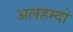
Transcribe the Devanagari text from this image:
अलहम्दो